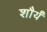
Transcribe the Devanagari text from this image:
शौर्यं